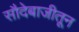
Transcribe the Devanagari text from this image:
सौदेबाजीतून